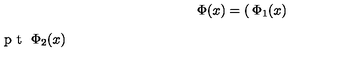
\Phi ( x ) = \left( { \begin{matrix} { \Phi _ { 1 } ( x ) } \\ { \noalign { \vskip 3 p t } \Phi _ { 2 } ( x ) } \\ \end{matrix} } \right)